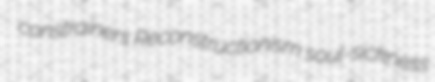
constrainers Reconstructionism soul-sickness